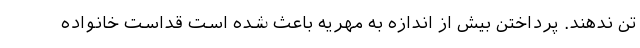
تن ندهند. پرداختن بیش از اندازه به مهریه باعث شده است قداست خانواده